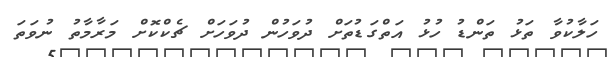
ހަލާކުވާ ތަޅު ތަންޑު ހުޅު އަތްގަޑުތަށް ދުވަހުން ދުވަހަށް ޗެކްކޮށް މަރާމާތު ނުވަތަ